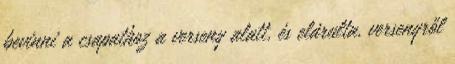
bevinni a csapathoz a verseny alatt, és elárulta, versenyről